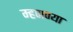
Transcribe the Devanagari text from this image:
म्हणण्या